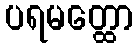
ပရမတ္ထော